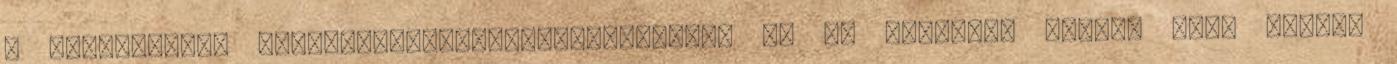
a társadalmak teljesítményorientáltságával, ez jó vitatéma lehet. Hogy lesz-e